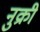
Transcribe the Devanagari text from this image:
नुक्री